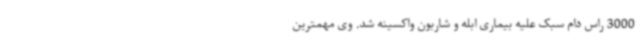
3000 راس دام سبک علیه بیماری ابله و شاربون واکسینه شد. وی مهمترین